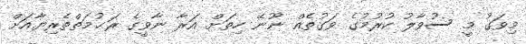
މިވަގު މީ ސުވާލު ކުރުމުގެ ވަގުތެއް ނޫނޭ ހިތަށް އަރާ ނާވީގެ ރަޙުމަތްތެރިޔާއަށް